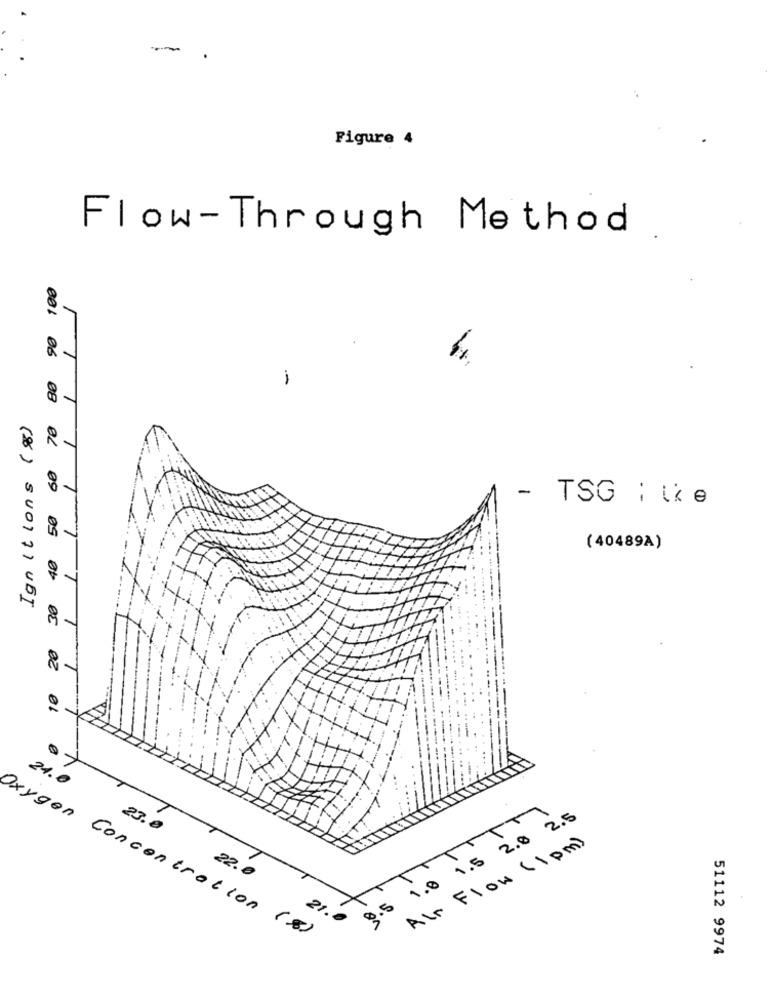
--
Figure 4
Flow-Through Method
90 100
-
08
Ignitions (%)
40 50 60 70
- TSG ; ise
(40489A)
DE
20
1
24.0
TTTTM
0.5 1.0 1.5 2.0 2.5
23.0
Air Flow (1 pm)
22.0
T
21.0
Oxygen Concentration (8)
51112 9974